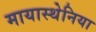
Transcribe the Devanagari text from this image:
मायास्थेनिया